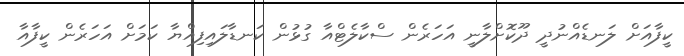
ކީފާއަށް ލަނޑެއްނުދީ ދޫކޮށްލާނީ އަހަރެން ސްކާލެޓްއާ ގުޅުން ކަނޑާލައިފިއްޔާ ކަމަށް އަހަރެން ކީފާއާ